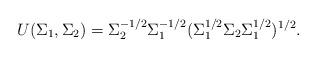
LaTeX: \begin{align*}U(\Sigma_1,\Sigma_2)=\Sigma_2^{-1/2}\Sigma_1^{-1/2}(\Sigma_1^{1/2}\Sigma_2\Sigma_1^{1/2} )^{1/2}.\end{align*}